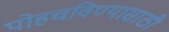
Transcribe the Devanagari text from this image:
पोहचविण्यासाठी